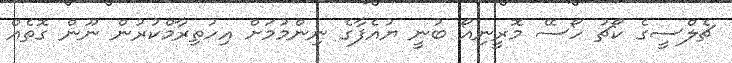
ޗެލްސީގެ ކޯޗު ހޯސޭ މޮރީނިއޯ ބުނީ ޔުއެފާގެ ނިންމުމަށް އިހުތިރާމްކުރުން ނޫން ގޮތެއް